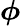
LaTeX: \boldsymbol{\phi}